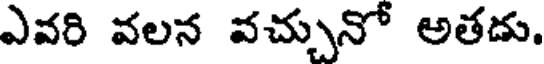
ఎవరి వలన వచ్చునో అతడు.